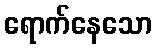
ရောက်နေသော